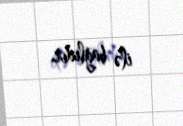
ilə bağlıdır.